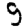
Digit: 9